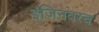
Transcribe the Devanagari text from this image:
इंजिनवरच